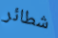
شطائر